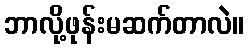
ဘာလို့ဖုန်းမဆက်တာလဲ။